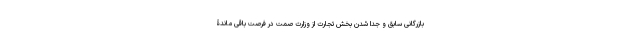
بازرگانی سابق و جدا شدن بخش تجارت از وزارت صمت در فرصت باقی ماندۀ